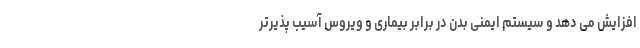
افزایش می دهد و سیستم ایمنی بدن در برابر بیماری و ویروس آسیب پذیرتر